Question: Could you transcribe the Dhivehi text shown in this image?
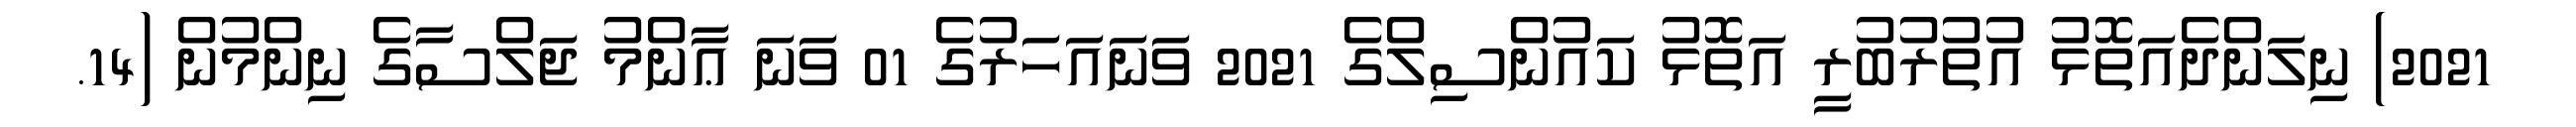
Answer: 2021) ނިލަންދެއަތޮޅު އުތުރުބުރީ އަތޮޅު ކައުންސިލްގެ 2021 ވަނައަހަރުގެ 01 ވަނަ ޢާންމު ޖަލްސާގެ ނިންމުން (14.